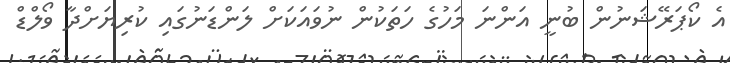
އެ ކޯޕަރޭޝަނުން ބުނީ އަންނަ މަހުގެ ހަތަކުން ނުވައަކަށް ލަންޑަނުގައި ކުރިޔަށްދާ ވޯލްޑް